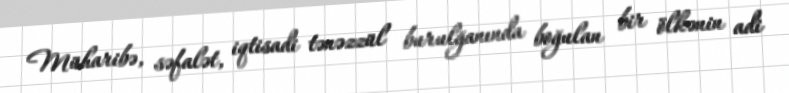
Müharibə, səfalət, iqtisadi tənəzzül burulğanında boğulan bir ölkənin adi